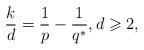
LaTeX: \begin{align*} \frac kd=\frac1p-\frac1{q^*}, d\geqslant 2,\end{align*}